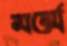
মর্ম্মে